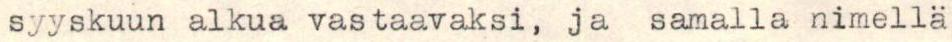
syyskuun alkua vastaavaksi, ja samalla nimellä